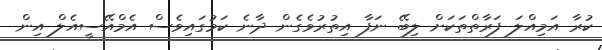
ކުރާ އަމިއްލަ ފަރާތްތަކަށް ލިބޭ ނަފާ އިތުރުވެގެން ދާނެ ކަމުގައިވެސް އެމްއޭސީއެލް އިން